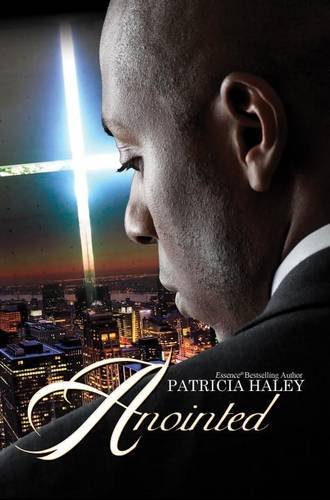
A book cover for Anointed; Patricia Haley; Literature & Fiction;